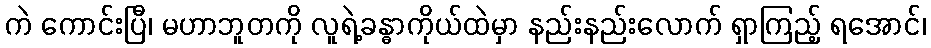
ကဲ ကောင်းပြီ၊ မဟာဘူတကို လူရဲ့ခန္ဓာကိုယ်ထဲမှာ နည်းနည်းလောက် ရှာကြည့် ရအောင်၊